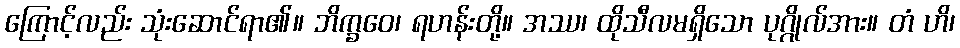
ကြောင့်လည်း သုံးဆောင်ရာ၏။ ဘိက္ခဝေ၊ ရဟန်းတို့။ အဿ၊ ထိုသီလမရှိသော ပုဂ္ဂိုလ်အား။ တံ ဟိ၊